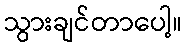
သွားချင်တာပေါ့။